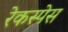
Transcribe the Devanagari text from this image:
रेकस्पेस